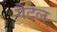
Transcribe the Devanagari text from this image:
गैटेल